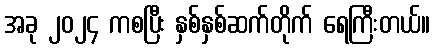
အခု ၂၀၂၄ ကစပြီး နှစ်နှစ်ဆက်တိုက် ရေကြီးတယ်။